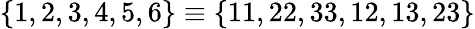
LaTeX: \{ 1,2,3,4,5,6\} \equiv\{ 11,22,33,12,13,23\}